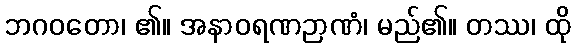
ဘဂဝတော၊ ၏။ အနာဝရဏဉာဏံ၊ မည်၏။ တဿ၊ ထို